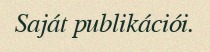
Saját publikációi.